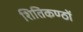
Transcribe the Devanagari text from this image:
शितिकण्ठों